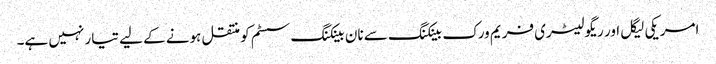
امریکی لیگل اور ریگولیٹری فریم ورک بینکنگ سے نان بینکنگ سسٹم کو منتقل ہونے کے لیے تیار نہیں ہے۔